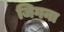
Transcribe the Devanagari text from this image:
जिगना